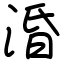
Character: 涽